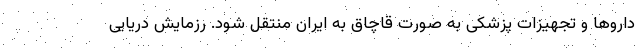
داروها و تجهیزات پزشکی به صورت قاچاق به ایران منتقل شود. رزمایش دریایی